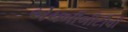
એચબીબીટીવી